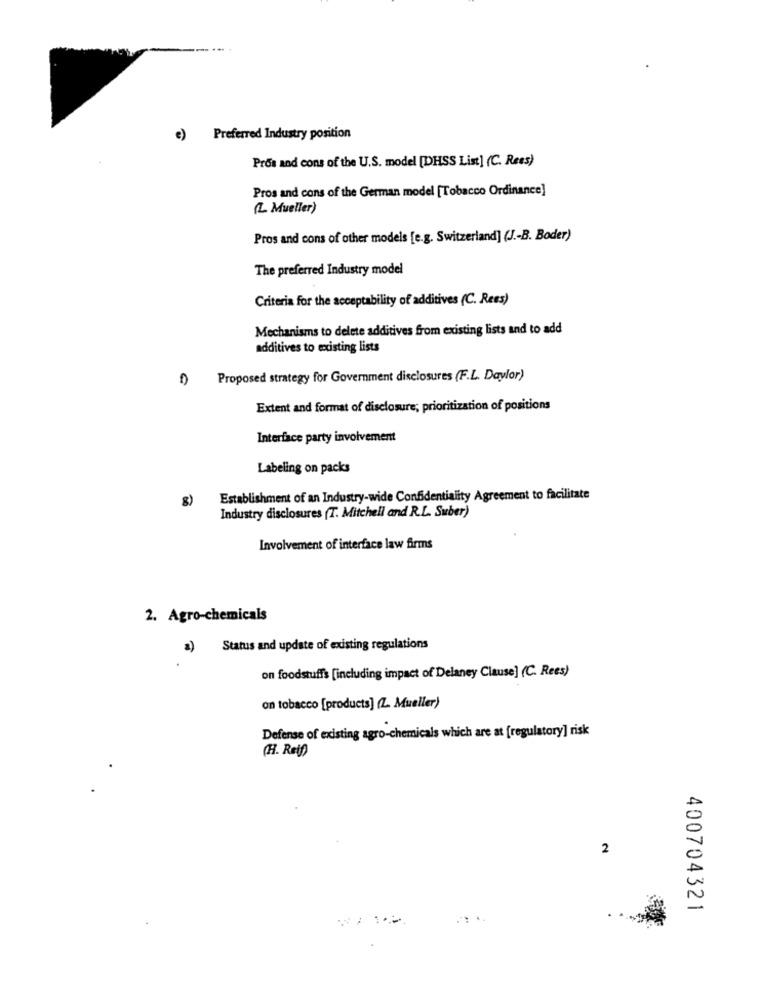
e) Preferred Industry position
Pros and cons of the U.S. model [DHSS List] (C. Rees)
Pros and cons of the German model [Tobacco Ordinance]
(L. Mueller)
Pros and cons of other models [e.g. Switzerland] (J .- B. Boder)
The preferred Industry model
Criteria for the acceptability of additives (C. Rees)
Mechanisms to delete additives from existing lists and to add
additives to existing lists
Proposed strategy for Government disclosures (F.L. Daylor)
Extent and format of disclosure; prioritization of positions
Interface party involvement
Labeling on packs
8)
Establishment of an Industry-wide Confidentiality Agreement to facilitate
Industry disclosures (T. Mitchell and R.L. Suber)
Involvement of interface law firms
2. Agro-chemicals
a)
Status and update of existing regulations
on foodstuffs [including impact of Delaney Clause] (C. Rees)
on tobacco [products] (Z. Mueller)
Defense of existing agro-chemicals which are at [regulatory] risk
(H. Reif)
2
400704321